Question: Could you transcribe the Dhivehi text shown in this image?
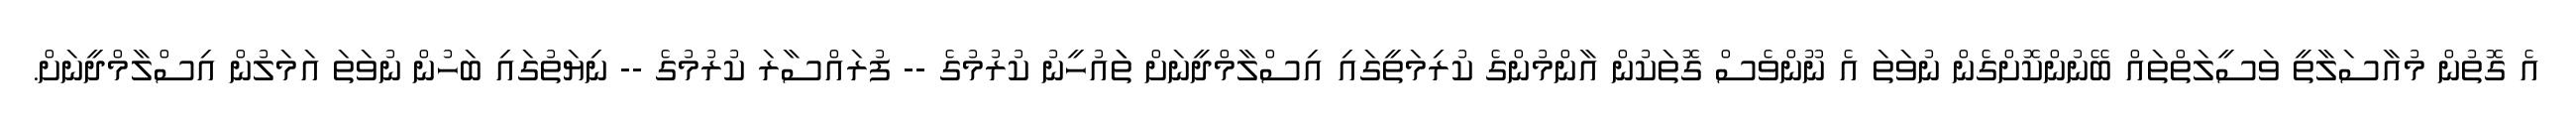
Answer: އެ ގޮތުން މުއާސަލާތީ ވަސީލަތްތައް ބޭނުންކޮށްގެން ނުވަތަ އެ ނޫންވެސް ގޮތަކުން އާންމުންގެ ކުރިމަތީގައި އިސްލާމްދީނަށް ތަައުހީނު ކުރުމުގެ -- ފުރައްސާރަ ކުރުމުގެ -- ނިޔަތުގައި ބަހުން ނުވަތަ އަމަލުން އިސްލާމްދީނަށް.